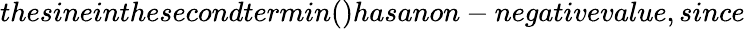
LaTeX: thesineinthesecondtermin()hasanon-negativevalue,since